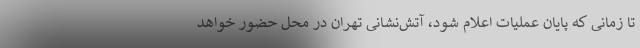
تا زمانی که پایان عملیات اعلام شود، آتش‌نشانی تهران در محل حضور خواهد